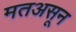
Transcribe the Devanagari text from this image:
मतअसून